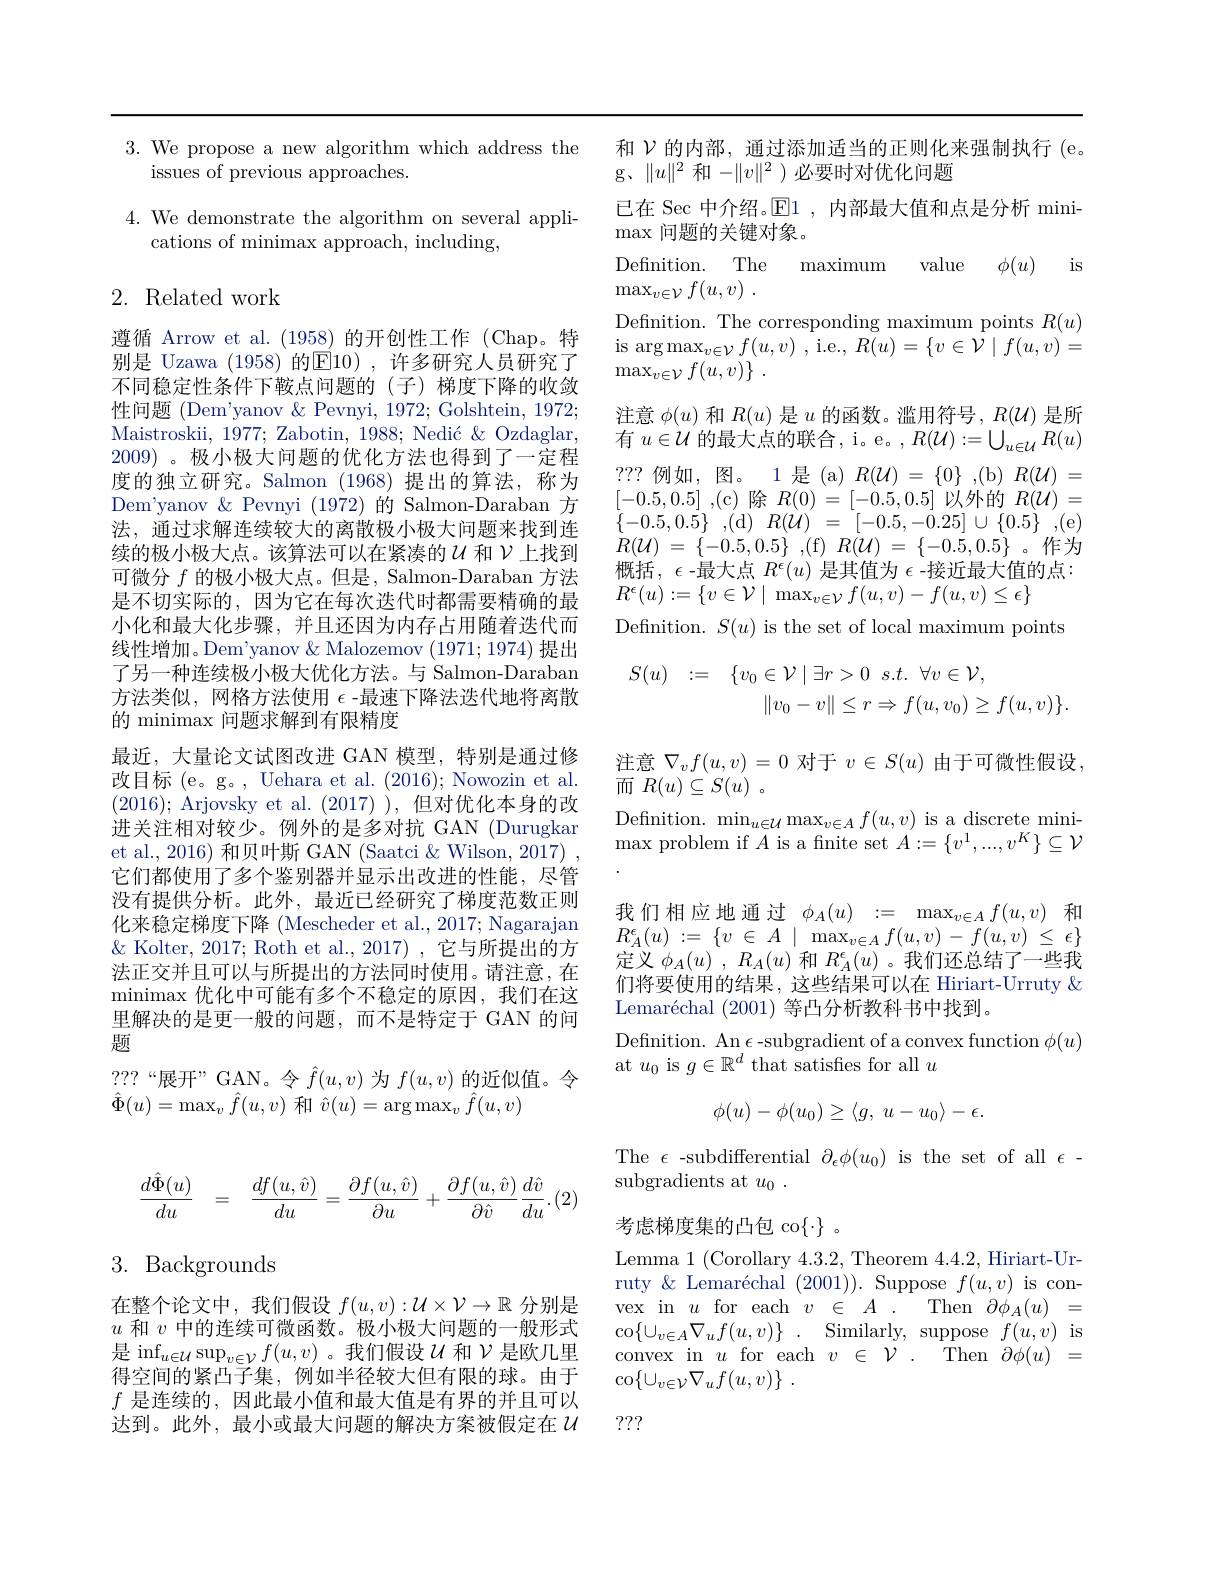
3. We propose a new algorithm which address the
issues of previous approaches.

$4.{\text{We demonstrate the algorithm on several appli-}}$
cations of minimax approach, including,

## 2. Related work

遵循 Arrow et al. (1958) 的开创性工作 (Chap。特别是 Uzawa (1958)的E10),许多研究人员研究了不同稳定性条件下鞍点问题的(子)梯度下降的收敛性问题 (Dem'yanov & Pevnyi, 1972; Golshtein, 1972; Maistroskii, 1977; Zabotin, $1988; \text{Nedi\' {c}\& Ozdaglar}$, 2009) 。极小极大问题的优化方法也得到了一定程度的独立研究。Salmon (1968)提出的算法，称为Dem'yanov & Pevnyi (1972)的 Salmon-Daraban 方法，通过求解连续较大的离散极小极大问题来找到连续的极小极大点。该算法可以在紧凑的$u$和$\nu$上找到可微分$f$的极小极大点。但是，Salmon-Daraban 方法是不切实际的，因为它在每次迭代时都需要精确的最小化和最大化步骤，并且还因为内存占用随着迭代而线性增加。Dem'yanov & Malozemov (1971;1974)提出了另一种连续极小极大优化方法。与 Salmon-Daraban 方法类似，网格方法使用$\epsilon$ -最速下降法迭代地将离散的 minimax 问题求解到有限精度
最近，大量论文试图改进 GAN 模型，特别是通过修改目标 (e。g。, Uehara et al. (2016); Nowozin et al. (2016); Arjovsky et al. (2017)),但对优化本身的改进关注相对较少。例外的是多对抗 GAN (Durugkar et al., 2016) 和贝叶斯 GAN (Saatci &Wilson, 2017) , 它们都使用了多个鉴别器并显示出改进的性能，尽管没有提供分析。此外，最近已经研究了梯度范数正则化来稳定梯度下降 (Mescheder et al., 2017; Nagarajan $\&$ Kolter, 2017; Roth et al., 2017) , 它与所提出的方法正交并且可以与所提出的方法同时使用。请注意，在$\operatorname*{minimax}$优化中可能有多个不稳定的原因，我们在这里解决的是更一般的问题，而不是特定于 GAN 的问题
? ? ? “ 展 开 ” GAN。令 $\hat{f} ( u, v)$为$f(u,v)$的近似值。令
$\hat{\Phi}(u)=\operatorname*{max}_{v}\hat{f}(u,v)$和$\hat{v}(u)=\arg\max_{v}\hat{f}(u,v)$
$$\frac{d\hat\Phi(u)}{du}\quad=\quad\frac{df(u,\hat v)}{du}=\frac{\partial f(u,\hat v)}{\partial u}+\frac{\partial f(u,\hat v)}{\partial\hat v}\frac{d\hat v}{du}.$$
# 3. Backgrounds

在整个论文中，我们假设$f(u,v):\mathcal{U}\times\mathcal{V}\to\mathbb{R}$分别是$u$和$v$中的连续可微函数。极小极大问题的一般形式是$\operatorname*{inf}_u\in\mathcal{U}\sup_{v\in\mathcal{V}}f(u,v)$。我们假设$\mathcal{U}$ 和 $\mathcal{V}$ 是得空间的紧凸子集，例如半径较大但有限的球。由于$f$是连续的，因此最小值和最大值是有界的并且可以达到。此外，最小或最大问题的解决方案被假定在$u$

和$\mathcal{V}$的内部，通过添加适当的正则化来强制执行 (e。
g、$\|u\|^2$和$-\|v\|^2$ )必要时对优化问题

已在 Sec 中介绍。$\operatorname{E}1$,内部最大值和点是分析 mini-
$\max$问题的关键对象。
Definition. The maximum value $\phi ( u)$ is
$\max _{v\in \mathcal{V} }f( u, v)$ .
Defnition. The corresponding maximum points $R(u)$ $\operatorname{is}\arg\max_{v\in\mathcal{V}}f(u,v)$ , i.e., $R(u)=\{v\in\mathcal{V}\mid f(u,v)=$ $\operatorname* { max} _{v\in \mathcal{V} }f( u, v) \}$ .
注意$\phi(u)$和$R(u)$是$u$的函数。滥用符号，$R(\mathcal{U})$是所有$u\in\mathcal{U}$的最大点的联合，i。e。, $R(\mathcal{U}):=\bigcup_u\in\mathcal{U}R(u)$ ? ? ? 例 如 , 图 。1 是 ( a) $R( \mathcal{U} ) = \{ 0\} , ( b) R( \mathcal{U} ) =$ [-0.5,0.5] ,(c) $除$ $R( 0)$ = [-0.5,0.5] 以外的 $R( \mathcal{U} ) =$ $\{-0.5,0.5\}~,($d$)~R(\mathcal{U})~=~[-0.5,-0.25]~\cup\{0.5\}~,($e) $R( \mathcal{U} )$ = $\{ - 0. 5, 0. 5\}$ ,(f) $R( \mathcal{U} )$ = $\{ - 0. 5, 0. 5\}$ 。作为概括，$\epsilon$ -最大点$R^\epsilon(u)$是其值为$\epsilon$ -接近最大值的点： $R^{\epsilon}(u):=\{v\in\mathcal{V}\mid\max_{v\in\mathcal{V}}f(u,v)-f(u,v)\leq\epsilon\}$
Definition. $S(u)$ is the set of local maximum points
$$\begin{array}{rcl}S(u)&:=&\{v_0\in\mathcal{V}\mid\exists r>0\:s.t.\:\forall v\in\mathcal{V},\\&&\|v_0-v\|\leq r\Rightarrow f(u,v_0)\geq f(u,v)\}.\end{array}$$
注意$\nabla_vf(u,v)=0$ 对于$v\in S(u)$由于可微性假设
而$R( u) \subseteq S( u)$ .
$\operatorname*{Definition.}\operatorname*{min}_{u\in\mathcal{U}}\operatorname*{max}_{v\in A}f(u,v)$ is a discrete mini- $\max$ problem if $A$ is a fnite set $A:=\{v^1,...,v^K\}\subseteq\mathcal{V}$ 我们相应地通过$\phi _A( u)$ := $\max _{v\in A}f( u, v)$ 和$R_{A}^{\epsilon }( u) : = \{ v\in A\mid \max _{v\in A}f( u, v) - f( u, v)$ $\leq$ $\epsilon \}$ 定义$\phi _A( u)$ , $R_A( u)$和$R_A^\epsilon(u)$ 。我们还总结了一些我们将要使用的结果，这些结果可以在 Hiriart-Urruty & Lemaréchal (2001) 等凸分析教科书中找到。
Defnition. An $\epsilon$-subgradient of a convex function $\phi(u)$
at $u_0$ is $g\in\mathbb{R}^d$ that satisfies for all $u$
$$\phi(u)-\phi(u_0)\geq\langle g,\:u-u_0\rangle-\epsilon.$$
The $\epsilon$-subdifferential$\partial_\epsilon\phi(u_0)$ is the set of all $\epsilon$
subgradients at $u_0.$
考虑梯度集的凸包 co$\{\cdot\}$ 。
Lemma 1 (Corollary 4.3.2, Theorem 4.4.2,Hiriart-Urruty & Lemaréchal (2001)). Suppose $f(u,v)$ is convex in $u$ for each $v\in A.$ Then $\partial\phi_{A}(u)=$ co$\{ \cup _{v\in A}\nabla _uf( u, v) \}$ . Similarly, suppose $f(u,v)$ is convex in $u$ for each $v\in\mathcal{V}.$ Then $\partial\phi(u)=$ $\operatorname { co} \{ \cup _{v\in \mathcal{V} }\nabla _uf( u, v) \}$ .
???